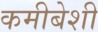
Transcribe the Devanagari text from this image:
कमीबेशी